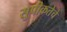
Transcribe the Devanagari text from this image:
सुपीकतेचे